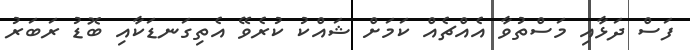
ފަސް ދަޅާއި މަސްތުވާ އެއްޗެއް ކަމަށް ޝައްކު ކުރެވޭ އެތިގަނޑަކާއި ބޮޑު ރަބަރު